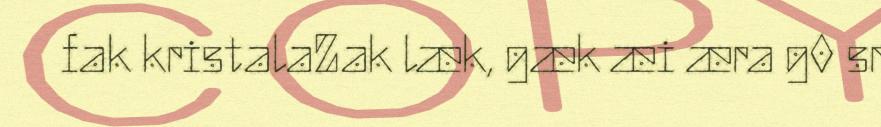
fak kristalaZak læk, gæk æi æra g0 sr